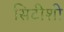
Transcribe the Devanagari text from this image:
सिटीशी